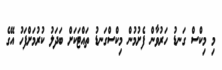
މި މިކްސް ގަނޑު ހަރުވާން ފެށުމުން މިކްސްގަނޑު ތައްޓަކަށް ބަދަލު ކުރުމަށްފަހު އޭގެ